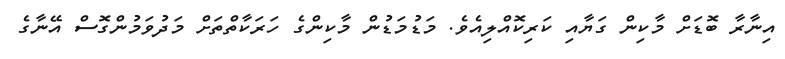
އިނާރާ ބޮޑަށް މާކިން ގަޔާއި ކަރިކޮއްލިއެވެ. މަޑުމަޑުން މާކިންގެ ހަރަކާތްތަށް މަދުވަމުންގޮސް އޭނާގެ